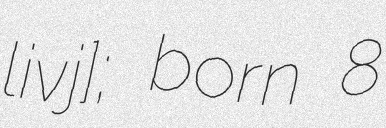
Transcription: ɔliˈvɐjɾɐ]; born 8